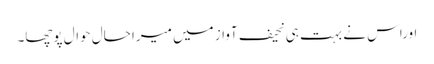
اوراس نے بہت ہی نحیف آواز میں میرا حال حوال پوچھا۔